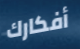
أفكارك